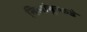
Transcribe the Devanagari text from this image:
निलांबूरकडे